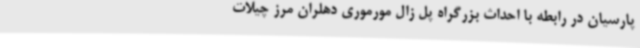
پارسیان در رابطه با احداث بزرگراه پل زال مورموری دهلران مرز چیلات